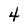
Character: 4